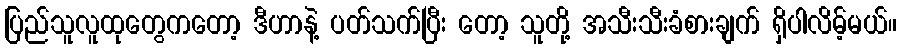
ပြည်သူလူထုတွေကတော့ ဒီဟာနဲ့ ပတ်သက်ပြီး တော့ သူတို့ အသီးသီးခံစားချက် ရှိပါလိမ့်မယ်။